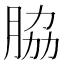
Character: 脇